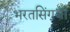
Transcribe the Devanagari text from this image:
भरतसिंगजी